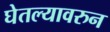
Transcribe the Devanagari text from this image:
घेतल्यावरुन